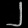
Digit: ၂